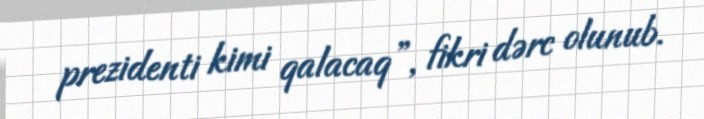
prezidenti kimi qalacaq”, fikri dərc olunub.